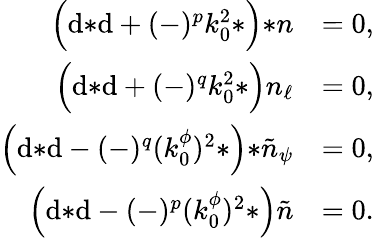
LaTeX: \begin{array}{rl}{\Big(\mathrm{d}{*\mathrm{d}}+(-)^{p}k_{0}^{2}{*}\Big){*n}}&{=0,}\\ {\Big(\mathrm{d}{*\mathrm{d}}+(-)^{q}k_{0}^{2}{*}\Big)n_{\ell}}&{=0,}\\ {\Big(\mathrm{d}{*\mathrm{d}}-(-)^{q}(k_{0}^{\phi})^{2}{*}\Big){*\tilde{n}_{\psi}}}&{=0,}\\ {\Big(\mathrm{d}{*\mathrm{d}}-(-)^{p}(k_{0}^{\phi})^{2}{*}\Big)\tilde{n}}&{=0.}\end{array}